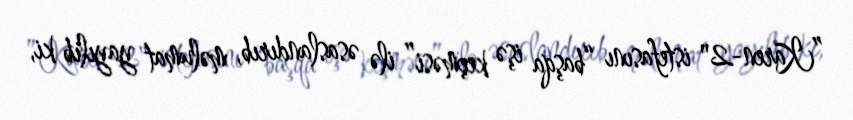
”Karen-2" istefasını “başqa işə keçməsi” ilə əsaslandırıb, məlumat yayılıb ki,